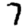
Digit: 7